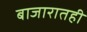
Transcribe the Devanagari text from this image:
बाजारातही